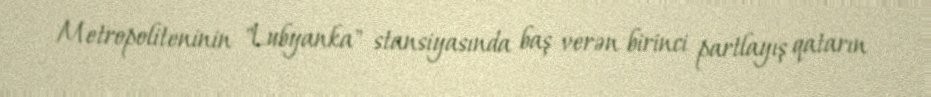
Metropoliteninin "Lubyanka" stansiyasında baş verən birinci partlayış qatarın